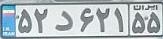
۵۲د۶۲۱۵۵